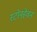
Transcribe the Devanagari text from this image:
स्टोनहेवन